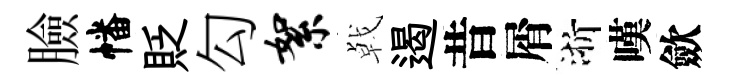
臉幡貶勾絮㦸遏昔屑浙嘆歛